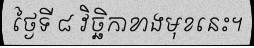
ថ្ងៃទី ៨ វិច្ឆិកាខាងមុខនេះ។